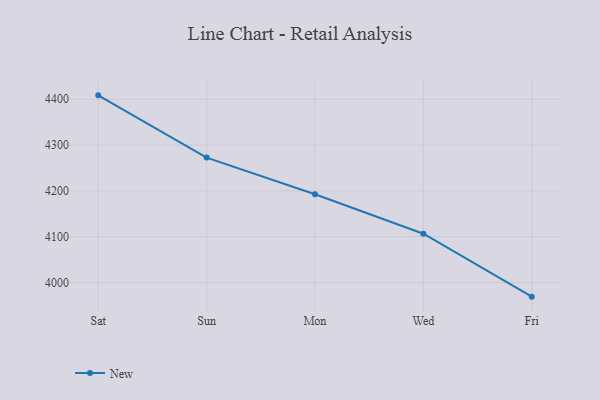
{"axis": {"x": "Day", "y": "Operating Costs (USD K)"}, "legend": ["New"], "data": [{"x": "Sat", "y": 4408.6, "type": "New"}, {"x": "Sun", "y": 4272.7, "type": "New"}, {"x": "Mon", "y": 4192.8, "type": "New"}, {"x": "Wed", "y": 4106.4, "type": "New"}, {"x": "Fri", "y": 3969.1, "type": "New"}]}